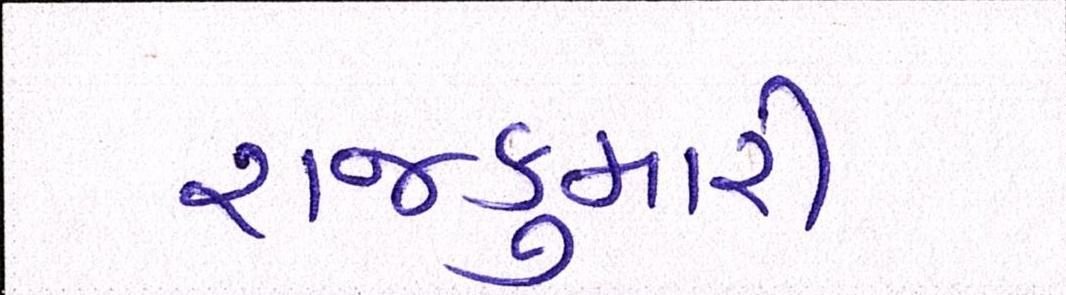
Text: રાજકુમારી